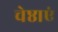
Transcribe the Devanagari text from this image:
चेष्ठाएं